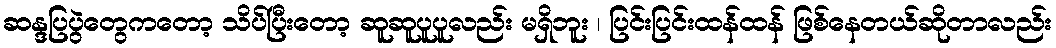
ဆန္ဒပြပွဲတွေကတော့ သိပ်ပြီးတော့ ဆူဆူပူပူလည်း မရှိဘူး ၊ ပြင်းပြင်းထန်ထန် ဖြစ်နေတယ်ဆိုတာလည်း